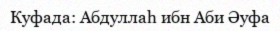
Куфада: Абдуллаһ ибн Аби Әуфа